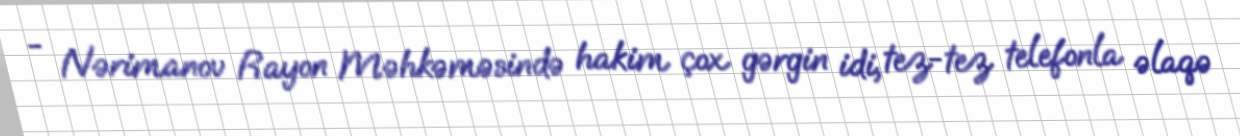
- Nərimanov Rayon Məhkəməsində hakim çox gərgin idi, tez-tez telefonla əlaqə